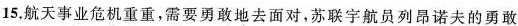
15.航天事业危机重重，需要勇敢地去面对，苏联宇航员列昂诺夫的勇敢